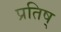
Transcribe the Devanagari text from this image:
प्रतिष्